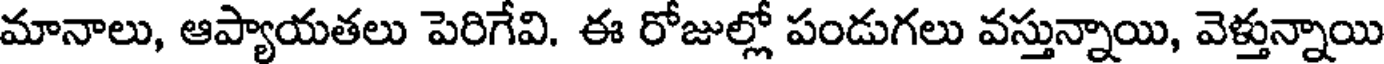
మానాలు, ఆప్యాయతలు పెరిగేవి. ఈ రోజుల్లో పండుగలు వస్తున్నాయి, వెళ్తున్నాయి